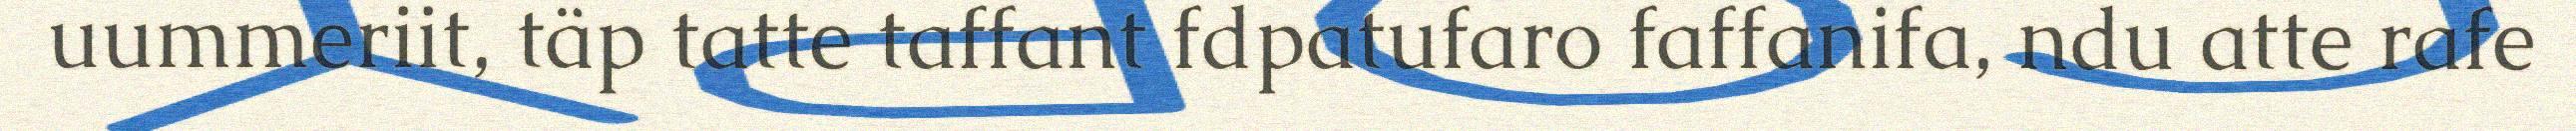
uummeriit, täp tatte taffant fdpatufaro faffanifa, ndu atte rafe